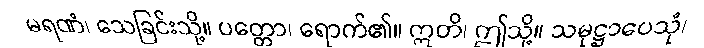
မရဏံ၊ သေခြင်းသို့။ ပတ္တော၊ ရောက်၏။ ဣတိ၊ ဤသို့။ သမုဋ္ဌာပေသုံ၊